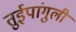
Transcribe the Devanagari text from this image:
तुईपांगुली